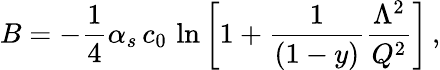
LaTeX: B=-{\frac{1}{4}}\alpha_{s}\, c_{0}\, \ln{\left[1+{\frac{1}{(1-y)}}{\frac{\Lambda^{2}}{Q^{2}}}\right]}\, ,